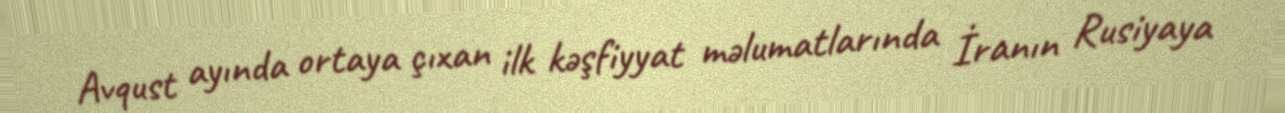
Avqust ayında ortaya çıxan ilk kəşfiyyat məlumatlarında İranın Rusiyaya